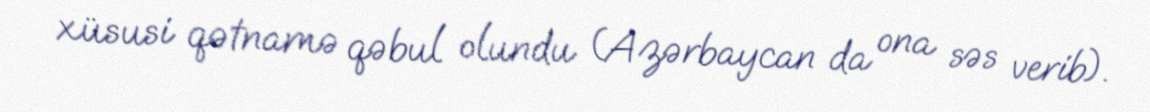
xüsusi qətnamə qəbul olundu (Azərbaycan da ona səs verib).